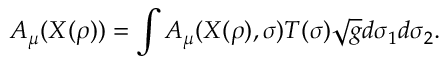
A _ { \mu } ( X ( \rho ) ) = \int A _ { \mu } ( X ( \rho ) , \sigma ) T ( \sigma ) \sqrt { g } d \sigma _ { 1 } d \sigma _ { 2 } .